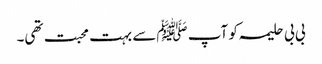
بی بی حلیمہ کو آپ ﷺسے بہت محبت تھی۔